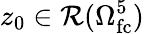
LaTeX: z_{0}\in\mathcal{R}(\Omega_{\mathrm{fc}}^{5})